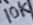
Text: 10K